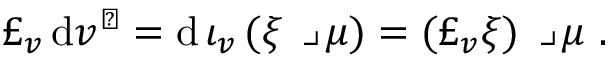
\pounds _ { v } \, \mathrm { d } v ^ { \flat } = \mathrm { d } \, \iota _ { v } \, ( \xi \, \lrcorner \, \mu ) = ( \pounds _ { v } \xi ) \, \lrcorner \, \mu \ .